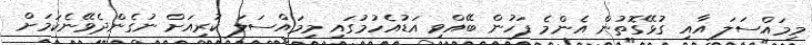
މިމައްސަލަ އާއި ގުޅޭގޮތުން އެންމެ ފަހުން ބޭއްވި އަޑުއެހުމުގައި މިމައްސަލަ ކުރިއަށް ނުގެންދެވޭނެކަމަށް